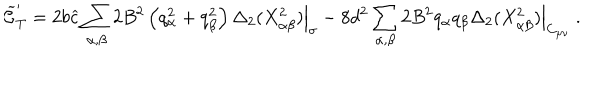
{ \widetilde { \cal C } } _ { T } ^ { \prime } = 2 b { \widehat c } \sum _ { \alpha , \beta } 2 B ^ { 2 } \left( q _ { \alpha } ^ { 2 } + q _ { \beta } ^ { 2 } \right) \Delta _ { 2 } ( X _ { \alpha \beta } ^ { 2 } ) \Big | _ { \sigma } - 8 d ^ { 2 } \sum _ { \alpha , \beta } 2 B ^ { 2 } q _ { \alpha } q _ { \beta } \Delta _ { 2 } ( X _ { \alpha \beta } ^ { 2 } ) \Big | _ { C _ { \mu \nu } } ~ .